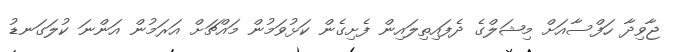
ޖާވިދާ ހަފްސާއަށް މިޝަލްގެ ދެފައިތިލައިން ފެށިގެން ކަޅުވަމުން މައްޗަށް އަރަމުން އަންނަ ކުލަގަނޑު